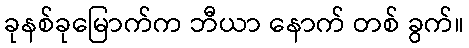
ခုနစ်ခုမြောက်က ဘီယာ နောက် တစ် ခွက်။